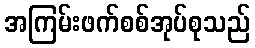
အကြမ်းဖက်စစ်အုပ်စုသည်